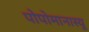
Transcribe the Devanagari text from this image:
पोपोमानास्यू